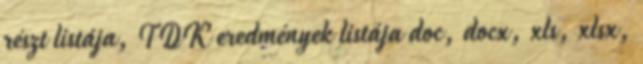
részt listája, TDK eredmények listája doc, docx, xls, xlsx,